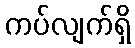
ကပ်လျက်ရှိ